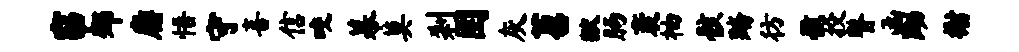
窈郊麝悟守喜信咬幕莫刹圉灰苕狱肠袤柚骸踏彷骸投瞽函黝榭